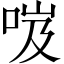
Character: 𠲺